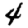
Digit: 4